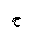
Letter: _ha